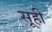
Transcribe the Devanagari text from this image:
सूही